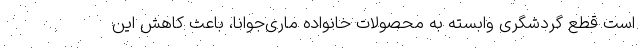
است قطع گردشگری وابسته به محصولات خانواده ماری‌جوانا، باعث کاهش این